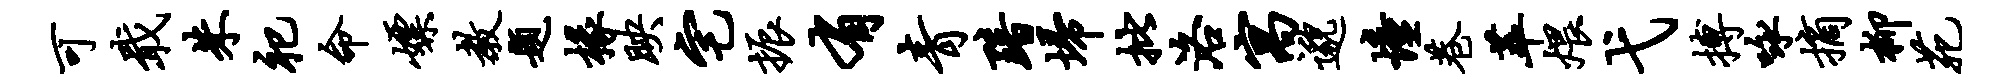
可戢朱祀命嫖教题椽映宅振有青黯埽批洛寓邈憧巷萃煨弋搏咏摘柳苑